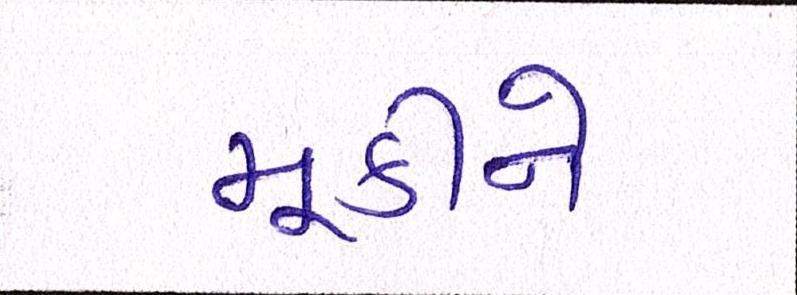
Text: મૂકીને